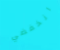
انخفضي